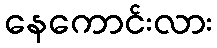
နေကောင်းလား